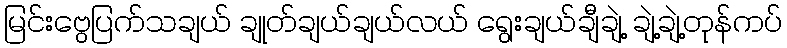
မြင်းဗွေပြက်သချယ် ချုတ်ချယ်ချယ်လယ် ရွေးချယ်ချီချဲ့ ချဲ့ချဲ့တုန်ကပ်